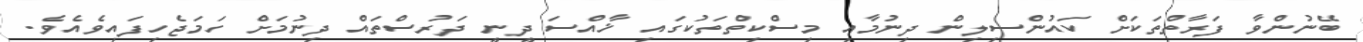
ބޭނުންވާ ފަރާތްތަކަށް ކައުންސިލިން ދިނުމާއި މިސްކިތްތަކުގައި ޚާއްސަ ދީނީ ދަރުސްތައް ދިނުމަށް ހަމަޖެހިފައިވެއެވެ.